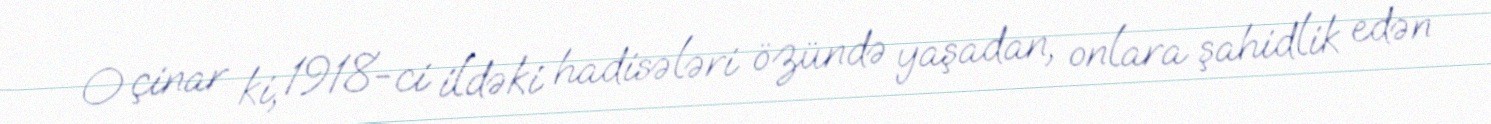
O çinar ki, 1918-ci ildəki hadisələri özündə yaşadan, onlara şahidlik edən